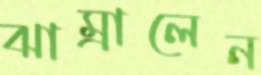
ঝাম্‌রালেন